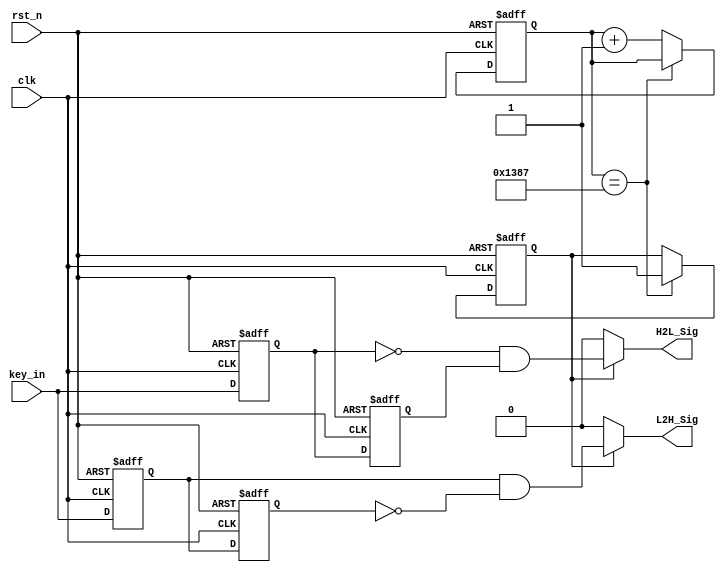
`timescale 1ns / 1ps
//////////////////////////////////////////////////////////////////////////////////
// Company: 
// Engineer: 
// 
// Design Name: 
// Module Name:    detect_module 
// Project Name: 
// Target Devices: 
// Tool versions: 
// Description: 
//
// Dependencies: 
//
// Revision: 
// Revision 0.01 - File Created
// Additional Comments: 
//
//////////////////////////////////////////////////////////////////////////////////
module key_detect
(
    clk,
    rst_n,
    key_in,
    H2L_Sig,
    L2H_Sig
);
    
    input clk;
    input rst_n;
    input key_in;
    output H2L_Sig;
    output L2H_Sig;
    
    
    /*    100us */
    parameter T100US = 13'd4_999;
    
    reg [12:0]count;
    reg isEn;
    
    always @(posedge clk or negedge rst_n) begin
        if (!rst_n) begin
            count <= 13'd0;
            isEn <= 1'b0;
        end
        else if (count == T100US)
            isEn <= 1'b1;
        else
            count <= count + 1'b1;
    end
        
    reg H2L_F1;
    reg H2L_F2;
    reg L2H_F1;
    reg L2H_F2;
    
    always @(posedge clk or negedge rst_n) begin
        if (!rst_n) begin
            H2L_F1 <= 1'b1;
            H2L_F2 <= 1'b1;
            L2H_F1 <= 1'b0;
            L2H_F2 <= 1'b0;
        end
        else begin
            H2L_F1 <= key_in;
            H2L_F2 <= H2L_F1;
            L2H_F1 <= key_in;
            L2H_F2 <= L2H_F1;
        end
    end
    
    assign H2L_Sig = isEn ? (!H2L_F1 & H2L_F2) : 1'b0;
    assign L2H_Sig = isEn ? (L2H_F1 & !L2H_F2) : 1'b0;

endmodule